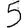
Digit: 5